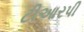
ટીઆરપી